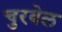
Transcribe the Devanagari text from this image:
चुरवेल